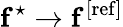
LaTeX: \mathbf{f}^{\star}\rightarrow\mathbf{f}^{\mathrm{[ref]}}